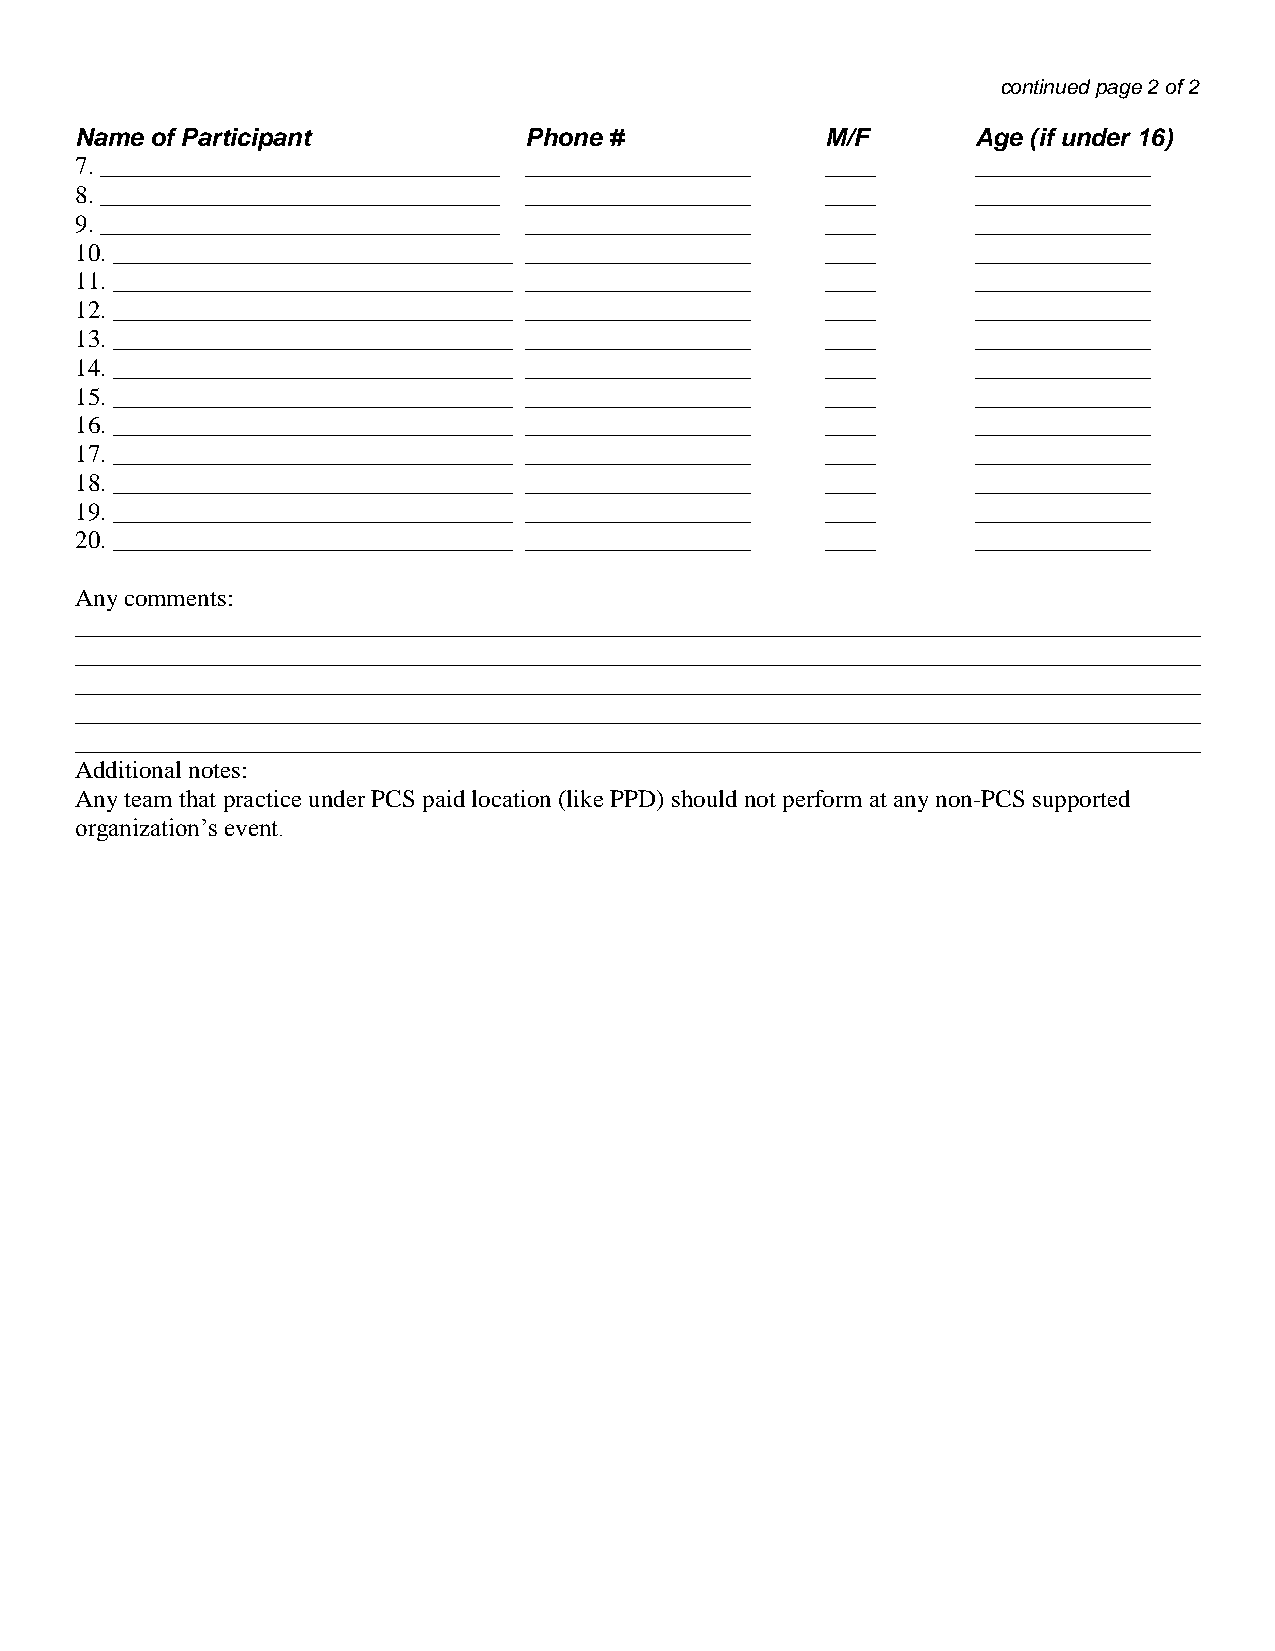
continued page 2 of 2
 Name of Participant           Phone #             M/F       Age (if under 16)
 7. ________________________________ __________________ ____ ______________
 8. ________________________________ __________________ ____ ______________
 9. ________________________________ __________________ ____ ______________
 10. ________________________________ __________________ ____ ______________
 11. ________________________________ __________________ ____ ______________
 12. ________________________________ __________________ ____ ______________
 13. ________________________________ __________________ ____ ______________
 14. ________________________________ __________________ ____ ______________
 15. ________________________________ __________________ ____ ______________
 16. ________________________________ __________________ ____ ______________
 17. ________________________________ __________________ ____ ______________
 18. ________________________________ __________________ ____ ______________
 19. ________________________________ __________________ ____ ______________
 20. ________________________________ __________________ ____ ______________
 Any comments:
 __________________________________________________________________________________________
 __________________________________________________________________________________________
 __________________________________________________________________________________________
 __________________________________________________________________________________________
 __________________________________________________________________________________________
 Additional notes:
 Any team that practice under PCS paid location (like PPD) should not perform at any non-PCS supported
 organization’s event.